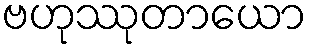
ဗဟုဿုတာယော